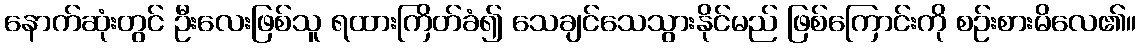
နောက်ဆုံးတွင် ဦးလေးဖြစ်သူ ရထားကြိတ်ခံ၍ သေချင်သေသွားနိုင်မည် ဖြစ်ကြောင်းကို စဉ်းစားမိလေ၏။